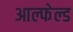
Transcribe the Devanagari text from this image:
आल्फेल्ड